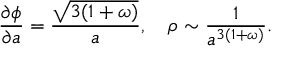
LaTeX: \frac { \partial \phi } { \partial a } = \frac { \sqrt { 3 ( 1 + \omega ) } } { a } , ~ ~ ~ \rho \sim \frac { 1 } { a ^ { 3 ( 1 + \omega ) } } .